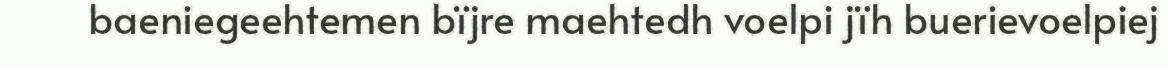
baeniegeehtemen bïjre maehtedh voelpi jïh buerievoelpiej